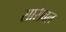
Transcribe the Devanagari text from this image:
सेंसिबल